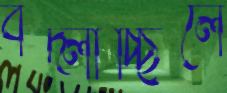
বদ্‌লাচ্ছিলে